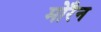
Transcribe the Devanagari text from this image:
मोरैन